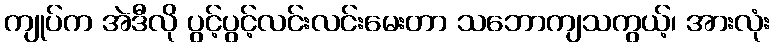
ကျုပ်က အဲဒီလို ပွင့်ပွင့်လင်းလင်းမေးတာ သဘောကျသကွယ့်၊ အားလုံး